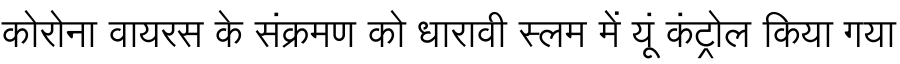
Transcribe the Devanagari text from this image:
कोरोना वायरस के संक्रमण को धारावी स्लम में यूं कंट्रोल किया गया